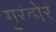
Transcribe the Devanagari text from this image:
गुरंढोरं